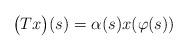
LaTeX: \begin{align*}\bigl(Tx\bigr)(s) = \alpha(s) x(\varphi(s))\end{align*}